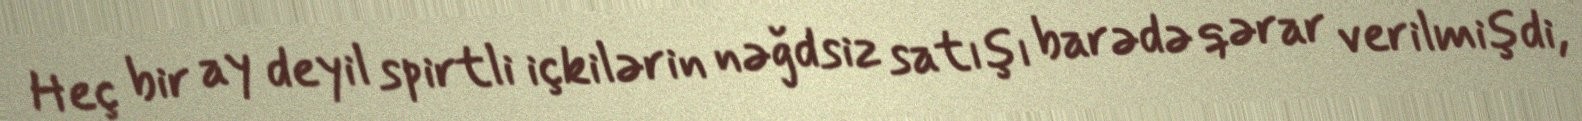
Heç bir ay deyil spirtli içkilərin nəğdsiz satışı barədə qərar verilmişdi,